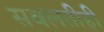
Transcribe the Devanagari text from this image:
सवलतीही